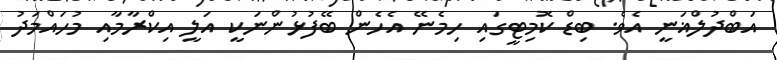
އަބްދުލްޣަނީ އެވެ. ބިޑް ކޮމިޓީގައި ހިމެނޭ އެހެން ބޭފުޅުންނަކީ އަލީ އިކްރާމާއި މުހައްމަދު